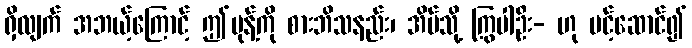
ရှိလျက် အဘယ့်ကြောင့် ဤမုန့်ကို စားဘိသနည်း၊ အိမ်သို့ ကြွပါဦး- ဟု ပင့်ဆောင်၍